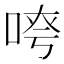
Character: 𫪖